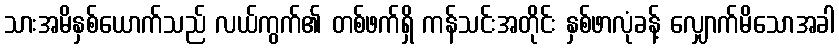
သားအမိနှစ်ယောက်သည် လယ်ကွက်၏ တစ်ဖက်ရှိ ကန်သင်းအတိုင်း နှစ်ဖာလုံခန့် လျှောက်မိသောအခါ